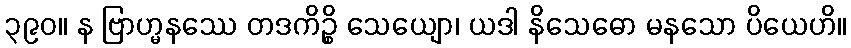
၃၉၀။ န ဗြာဟ္မနဿေ တဒကိဉ္စိ သေယျော၊ ယဒါ နိသေဓော မနသော ပိယေဟိ။